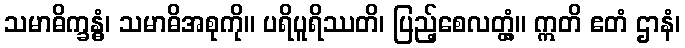
သမာဓိက္ခန္ဓံ၊ သမာဓိအစုကို။ ပရိပူရိဿတိ၊ ပြည့်စေလတ္တံ့။ ဣတိ ဧတံ ဌာနံ၊